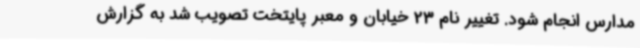
مدارس انجام شود. تغییر نام 23 خیابان و معبر پایتخت تصویب شد به گزارش